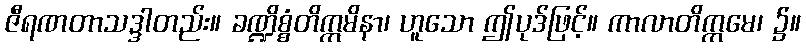
ဇီရဏတာသဒ္ဒါတည်း။ ခဏ္ဍိစ္စံတိဣမိနာ၊ ဟူသော ဤပုဒ်ဖြင့်။ ကာလာတိက္ကမေ၊ ၌။